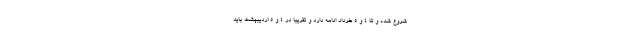
شروع شده و تا ٤ و ۵ خرداد ادامه دارد و تقریبا در ٤ و ۵ اردیبهشت باید